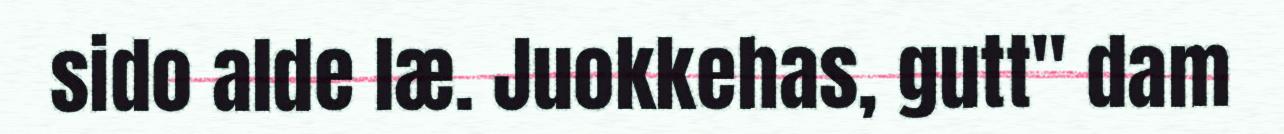
sido alde læ. Juokkehas, gutt" dam